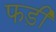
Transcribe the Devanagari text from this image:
फड़ी